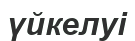
үйкелуі